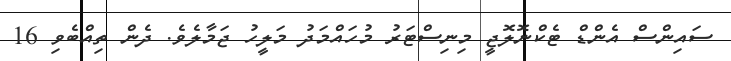
ސައިންސް އެންޑް ޓެކްނޮލޮޖީ މިނިސްޓަރު މުހައްމަދު މަލީހު ޖަމާލެވެ. ދެން ތިއްބެވި 16